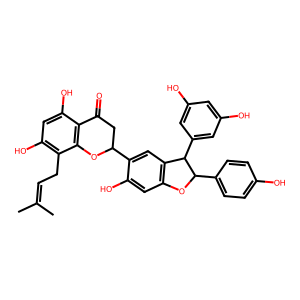
SMILES: CC(C)=CCc1c(O)cc(O)c2c1OC(c1cc3c(cc1O)OC(c1ccc(O)cc1)C3c1cc(O)cc(O)c1)CC2=O
Inhibits HIV replication: No